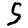
Digit: 5